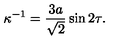
\kappa ^ { - 1 } = \frac { 3 a } { \sqrt { 2 } } \sin 2 \tau .